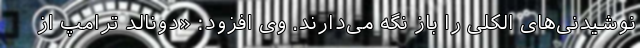
نوشیدنی‌های الکلی را باز نگه می‌دارند. وی افزود: «دونالد ترامپ از